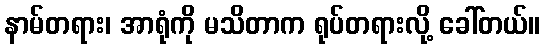
နာမ်တရား၊ အာရုံကို မသိတာက ရုပ်တရားလို့ ခေါ်တယ်။